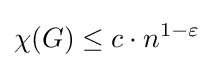
\chi (G)\leq c\cdot n^{1-\varepsilon }